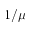
1 / \mu